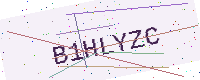
Text: B1HLYZC